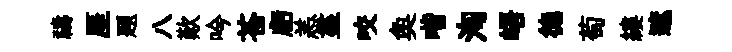
禱厓題八歎吟苍虧恙盡咬奐喈洵峿徳萄縷遮